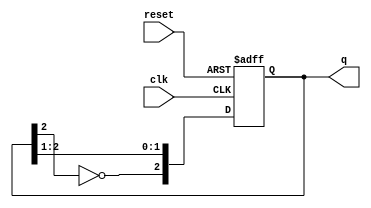
module johnson_counter #(parameter n = 3) (
    input wire clk,          // Clock input
    input wire reset,        // Asynchronous reset
    output reg [n-1:0] q     // Counter output
);

    // Always block triggered on the rising edge of the clock or reset
    always @(posedge clk or posedge reset) begin
        if (reset) begin
            q <= 0; // Reset the counter to 0
        end else begin
            // Johnson counter logic
            q <= {~q[n-1], q[n-1:n-2]}; // Shift and feed inverted last bit
        end
    end

endmodule